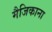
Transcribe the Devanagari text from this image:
मैजिकाना